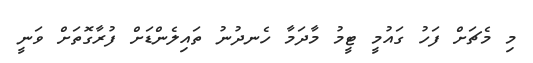
މި މެޗަށް ފަހު ގައުމީ ޓީމު މާދަމާ ހެނދުނު ތައިލެންޑަށް ފުރާގޮތަށް ވަނީ